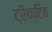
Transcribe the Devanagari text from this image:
ट्रैक्टिव